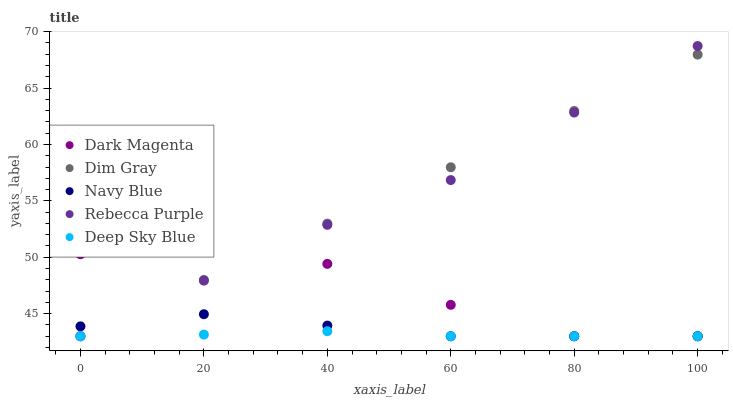
| xaxis_label | Dark Magenta | Dim Gray | Navy Blue | Rebecca Purple | Deep Sky Blue |
 | --- | --- | --- | --- | --- | --- |
 | 0 | 50.3 | 43 | 43.9 | 43 | 43 |
 | 20 | 50.9 | 48 | 45 | 47.9 | 43.1 |
 | 40 | 49.4 | 53 | 43.9 | 52.9 | 43.4 |
 | 60 | 45.8 | 58 | 43 | 56.8 | 43 |
 | 80 | 43 | 63 | 43 | 62.8 | 43 |
 | 100 | 43 | 68 | 43 | 68.7 | 43 |